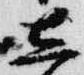
し